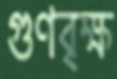
গুণবৃক্ষ